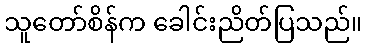
သူတော်စိန်က ခေါင်းညိတ်ပြသည်။